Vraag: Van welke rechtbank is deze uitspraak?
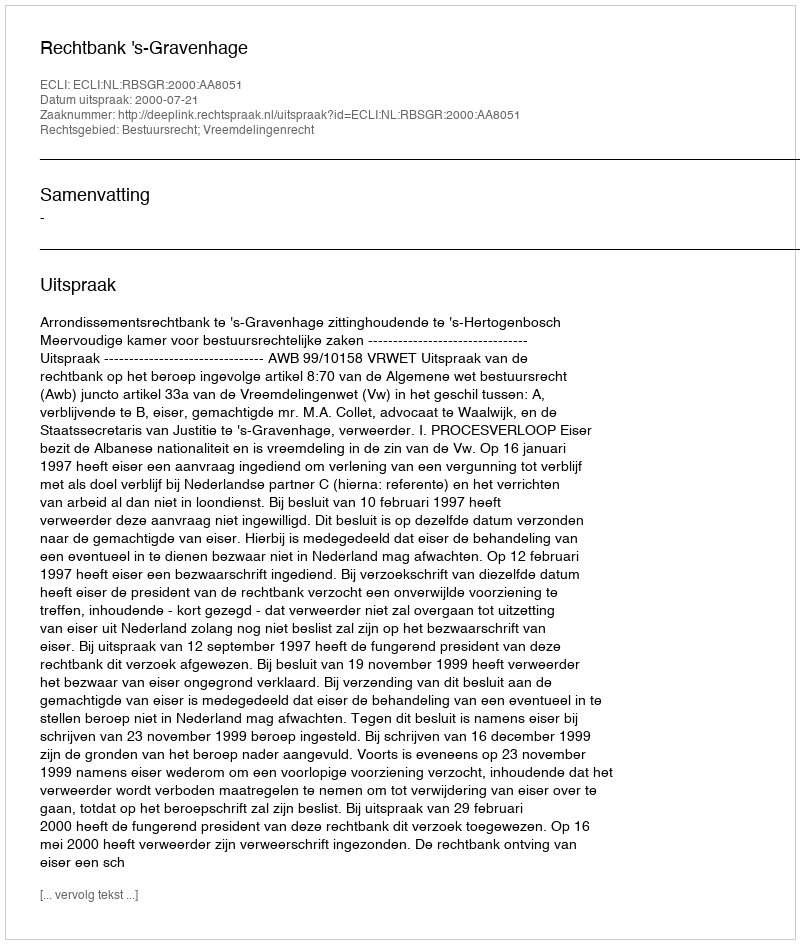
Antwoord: Rechtbank 's-Gravenhage